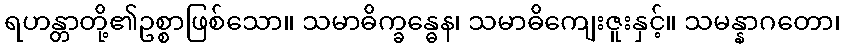
ရဟန္တာတို့၏ဥစ္စာဖြစ်သော။ သမာဓိက္ခန္ဓေန၊ သမာဓိကျေးဇူးနှင့်။ သမန္နာဂတော၊